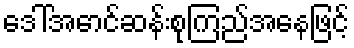
ဒေါ်အောင်ဆန်းစုကြည်အနေဖြင့်